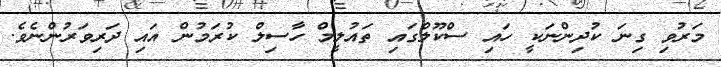
މަރުވި ގިނަ ކުދިންނަކީ ހައި ސްކޫލްގައި ތައުލީމް ހާސިލް ކުރަމުން އައި ދަރިވަރުންނެވެ.